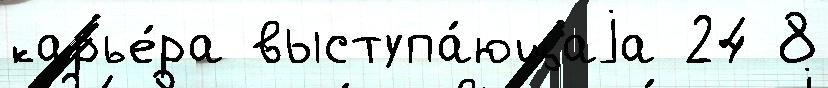
карье́ра выступа́ющаjа 24 8